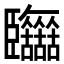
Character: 𦣷